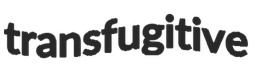
transfugitive